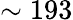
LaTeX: \sim 193